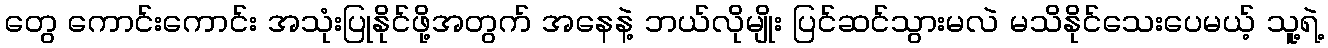
တွေ ကောင်းကောင်း အသုံးပြုနိုင်ဖို့အတွက် အနေနဲ့ ဘယ်လိုမျိုး ပြင်ဆင်သွားမလဲ မသိနိုင်သေးပေမယ့် သူ့ရဲ့